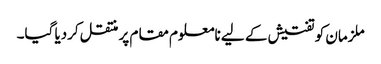
ملزمان کو تفتیش کے لیے نامعلوم مقام پر منتقل کردیا گیا۔